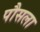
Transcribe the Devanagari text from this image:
पौसला